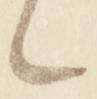
々